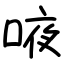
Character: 㖡